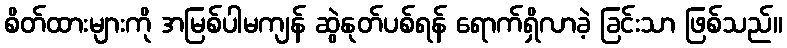
စိတ်ထားများကို အမြစ်ပါမကျန် ဆွဲနုတ်ပစ်ရန် ရောက်ရှိလာခဲ့ ခြင်းသာ ဖြစ်သည်။